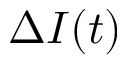
\Delta I ( t )